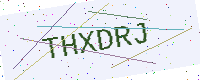
Text: THXDRJ